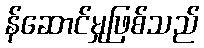
န်ဆောင်မှုဖြစ်သည်